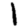
Digit: 1